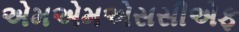
એમએમએસસીએફ